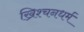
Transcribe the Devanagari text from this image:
ख्रिश्चनधर्म